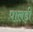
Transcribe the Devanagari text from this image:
पालड़ी